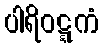
ပါရိဝဋ္ဋကံ